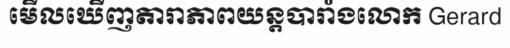
មើលឃើញតារាភាពយន្តបារាំងលោក Gerard